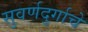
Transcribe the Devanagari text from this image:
सुवर्णदुर्गाचे